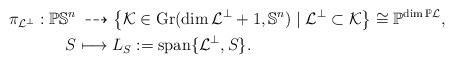
LaTeX: \begin{align*} \pi_{\mathcal{L}^\perp} : \mathbb{P} \mathbb{S}^n &\,\dashrightarrow \left\lbrace \mathcal{K} \in \mathrm{Gr}(\dim \mathcal{L}^\perp + 1, \mathbb{S}^n) \mid \mathcal{L}^\perp \subset \mathcal{K} \right\rbrace \cong \mathbb{P}^{\dim \mathbb{P}\mathcal{L}}, \\ S &\longmapsto L_S := \mathrm{span}\lbrace \mathcal{L}^\perp, S \rbrace.\end{align*}